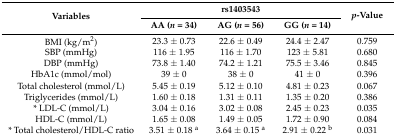
| <ROWSPAN=2> Variables | <COLSPAN=3> rs1403543 | <ROWSPAN=2> p-Value |
 | AA (n = 34) | AG (n = 56) | GG (n = 14) |
 | --- | --- | --- | --- | --- |
 | BMI (kg/m2) | 23.3 ± 0.73 | 22.6 ± 0.49 | 24.4 ± 2.47 | 0.759 |
 | SBP (mmHg) | 116 ± 1.95 | 116 ± 1.70 | 123 ± 5.81 | 0.680 |
 | DBP (mmHg) | 73.8 ± 1.40 | 74.2 ± 1.21 | 75.5 ± 3.46 | 0.845 |
 | HbA1c (mmol/mol) | 39 ± 0 | 38 ± 0 | 41 ± 0 | 0.396 |
 | Total cholesterol (mmol/L) | 5.45 ± 0.19 | 5.12 ± 0.10 | 4.81 ± 0.23 | 0.067 |
 | Triglycerides (mmol/L) | 1.60 ± 0.18 | 1.31 ± 0.11 | 1.35 ± 0.20 | 0.386 |
 | * LDL-C (mmol/L) | 3.04 ± 0.16 | 3.02 ± 0.08 | 2.45 ± 0.23 | 0.035 |
 | HDL-C (mmol/L) | 1.65 ± 0.08 | 1.49 ± 0.05 | 1.72 ± 0.90 | 0.084 |
 | * Total cholesterol/HDL-C ratio | 3.51 ± 0.18 a | 3.64 ± 0.15 a | 2.91 ± 0.22 b | 0.031 |